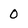
Character: 0